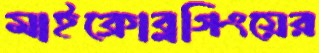
মাইক্রোব্লগিংয়ের